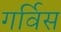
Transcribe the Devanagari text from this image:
गर्विस